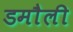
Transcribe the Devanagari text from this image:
डमाैली